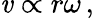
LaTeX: \mathit{v}\propto\! \, r\omega\, ,